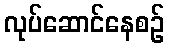
လုပ်ဆောင်နေစဉ်